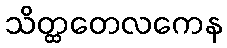
သိတ္ထတေလကေန